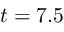
t = 7 . 5